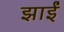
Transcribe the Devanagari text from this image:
झाईं